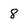
Character: 8